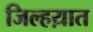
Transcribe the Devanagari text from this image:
जिल्हय़ात